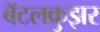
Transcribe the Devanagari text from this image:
बॅटलक्रुझर